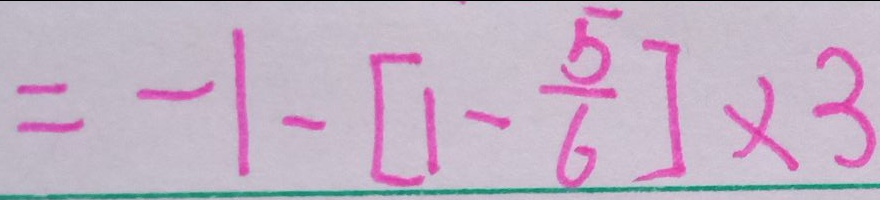
= - 1 - [ 1 - \frac { 5 } { 6 } ] \times 3